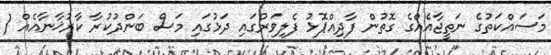
މަސައްކަތުގެ ނަތީޖާއެއްގެ ގޮތުން ފާދިއްޕޮޅު ފެލިވަރުގައި ދަޅުގައި މަސް ބަންދުކުރާ ކާރުޚާނާއެއް (